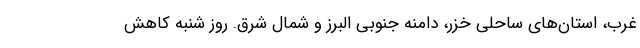
غرب، استان‌های ساحلی خزر، دامنه جنوبی البرز و شمال شرق. روز شنبه کاهش